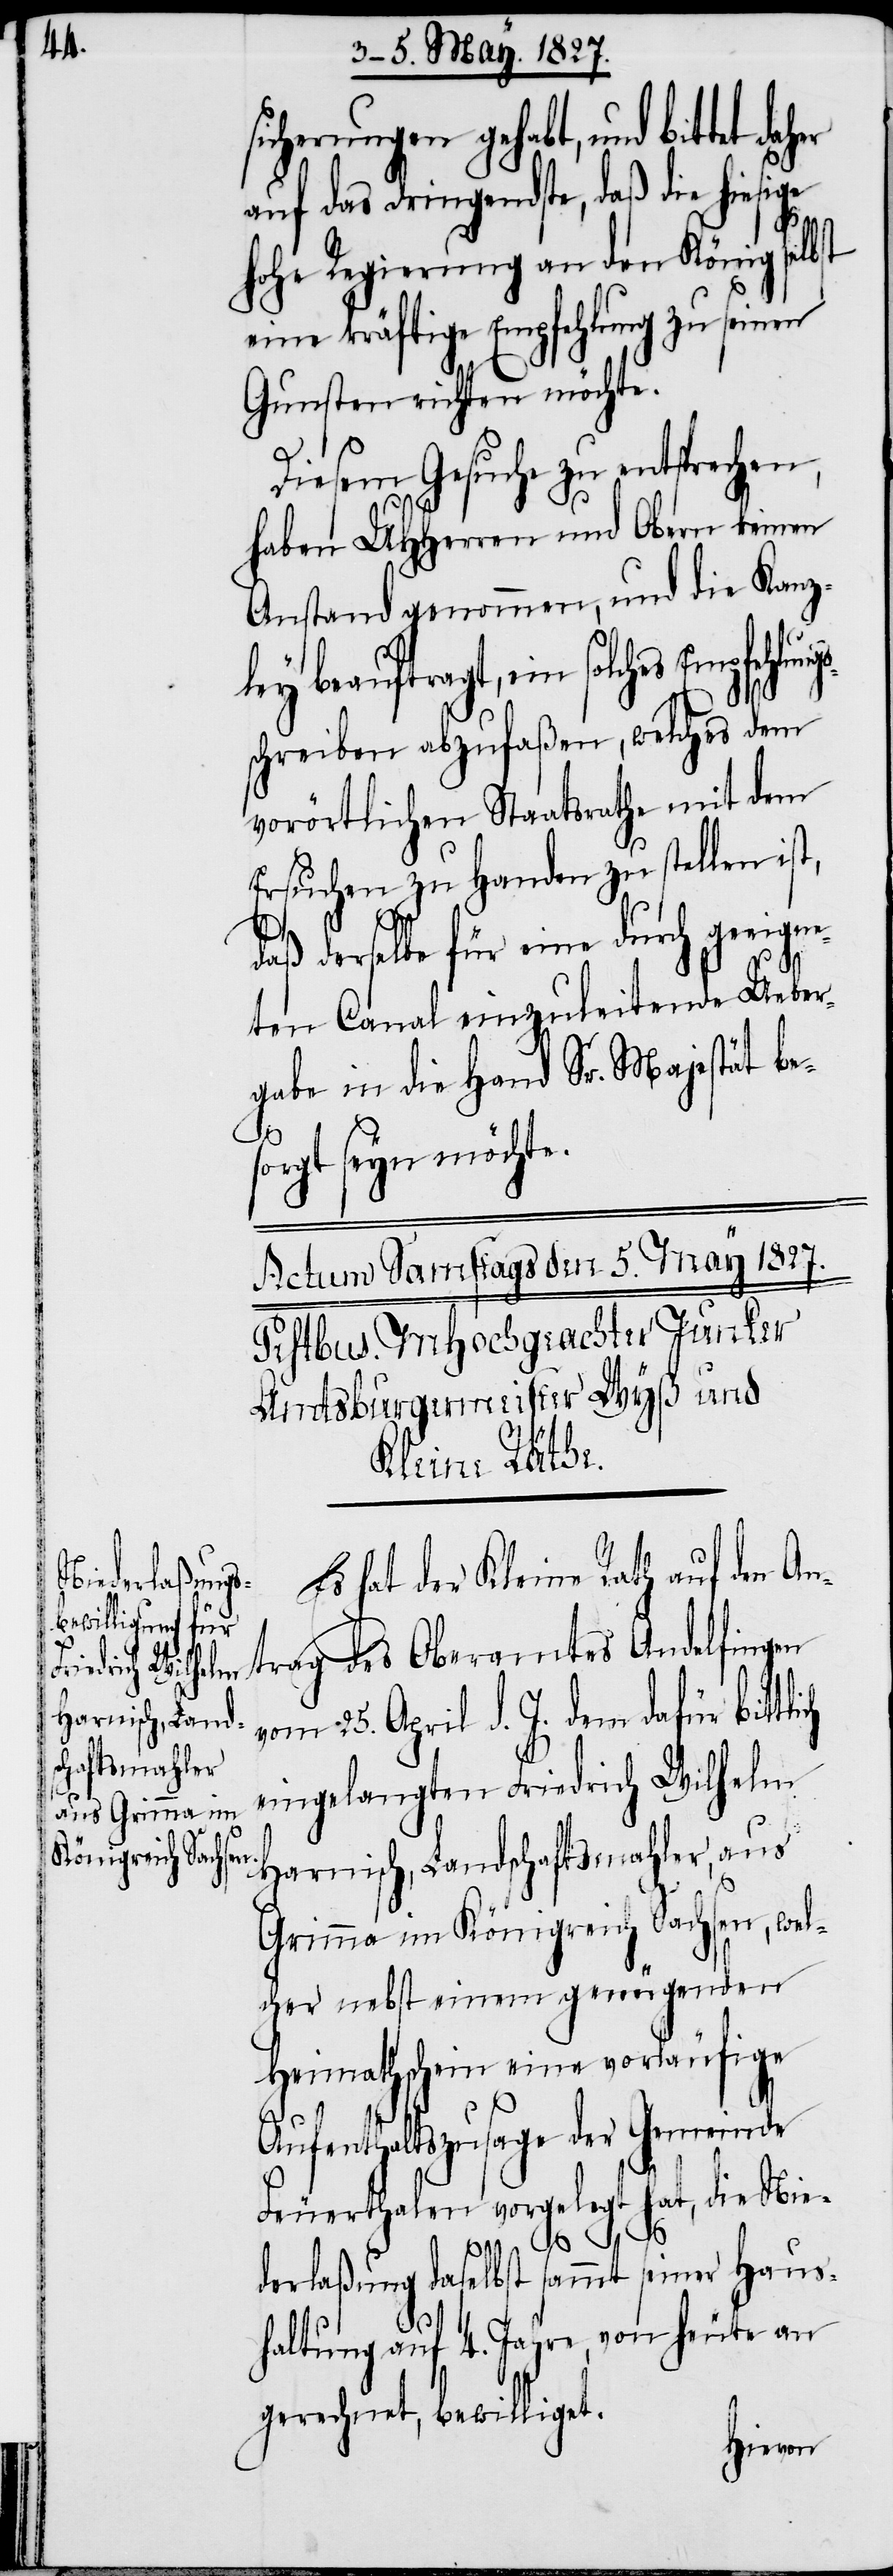
herungen gehabt, und bittet
auf das dringendste, daß die hiesige
Hohe Regierung an den König selbst
eine kräftige Empfehlung zu seinen
ch
Gunsten richten möchte.
Diesem Gesuche zu entspre¬
haben UHHerren und Obern keinen
Anstand genommen, und die Kanz¬
ley beauftragt, ein solches Empfehlung¬
s¬
schreiben abzufaßen, welches dem
vorörtlichen Staatsrathe mit dem
Ersuchen zu Handen zu stellen ist,
sic¬
daß derselbe für eine durch geeigne¬
ten Canal einzuleitende Ueber¬
gabe in die Hand Sr. Majestät be¬
sorgt seyn möchte.
Es hat der Kleine Rath auf den An¬
trag des Oberamtes Andelfingen
chen,
vom 25. April d. J. dem dafür bittli¬
eingelangten Friedrich Wilhelm
Harnisch, Landschaftsmahler, aus
Grimma im Königreich Sachsen, welc¬
her nebst einem genügenden
Heimathschein eine vorläufige
Aufenthaltszusage der Gemeinde
Feuerthalen vorgelegt hat, die Nie¬
derlaßung daselbst sammt seiner Haus¬
haltung auf 4. Jahre, von heute an
gerechnet, bewilligt.